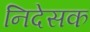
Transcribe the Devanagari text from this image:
निदेसक